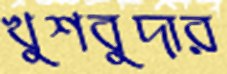
খুশবুদার